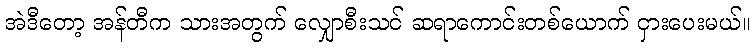
အဲဒီတော့ အန်တီက သားအတွက် လျှောစီးသင် ဆရာကောင်းတစ်ယောက် ငှားပေးမယ်။